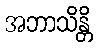
အဘာသိန္တိ